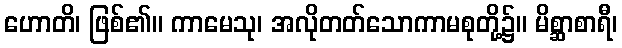
ဟောတိ၊ ဖြစ်၏။ ကာမေသု၊ အလိုတတ်သောကာမစုတို့၌။ မိစ္ဆာစာရီ၊